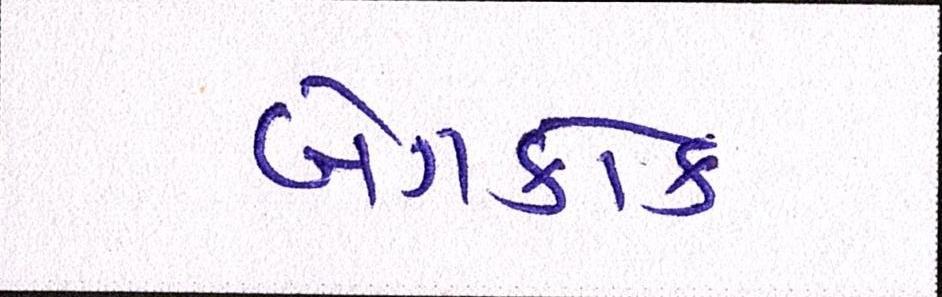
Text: બેંગકોક